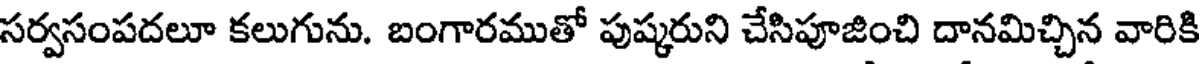
సర్వసంపదలూ కలుగును. బంగారముతో పుష్కరుని చేసిపూజించి దానమిచ్చిన వారికి